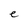
Character: e